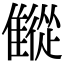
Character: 𩀨